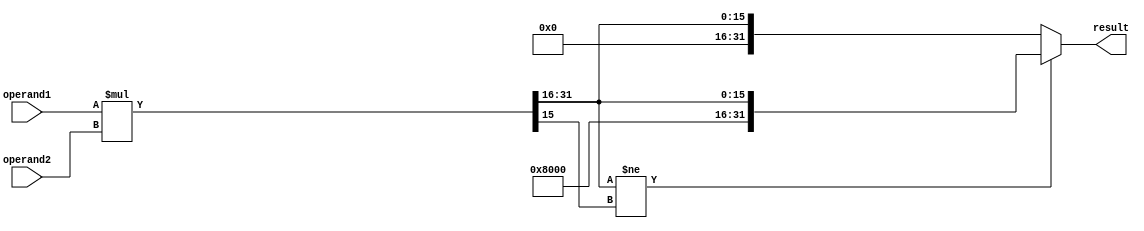
module fixed_point_multiplier(
  input wire signed [15:0] operand1,
  input wire signed [15:0] operand2,
  output wire signed [31:0] result
);

reg signed [31:0] product;
reg signed [31:0] accumulator;

always @(*) begin
  product = operand1 * operand2;

  if(product[31:16] != product[15]) begin
    accumulator = {16'h8000, product[31:16]};
  end else begin
    accumulator = product[31:16];
  end
end

assign result = accumulator;

endmodule